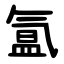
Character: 氲